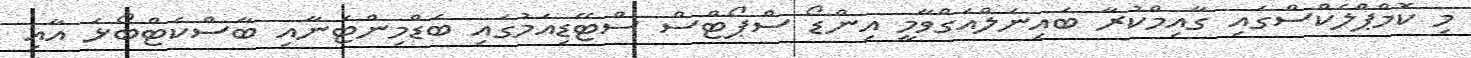
މި ކޮމްޕްލެކްސްގައި ގާއިމްކުރާ ބައިނަލްއަގްވާމީ އިންޑޯ ސްޕޯޓްސް ސްޓޭޑިއަމުގައި ބެޑްމިންޓަނާއި ބާސްކެޓްބޯޅަ އާއި